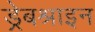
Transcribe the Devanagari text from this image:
ड्रेबश्राइन